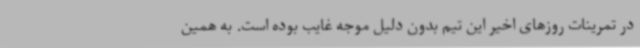
در تمرینات روزهای اخیر این تیم بدون دلیل موجه غایب بوده است. به همین